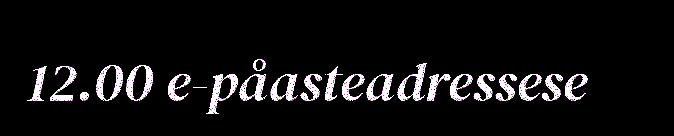
12.00 e-påasteadressese